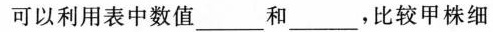
可以利用表中数值___和___，比较甲株细